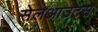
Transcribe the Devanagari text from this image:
सेलआउट्स